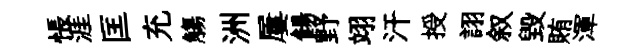
悵涯匡充觴洲屢餳野翊汗授詡叙毁賄渾